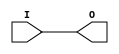
module IBUFG_HSTL_III (O, I);

    output O;

    input  I;

	buf B1 (O, I);


endmodule